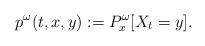
LaTeX: \begin{align*}p^\omega (t, x, y) := P^{\omega}_x[X_t = y].\end{align*}